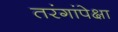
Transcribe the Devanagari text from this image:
तरंगांपेक्षा